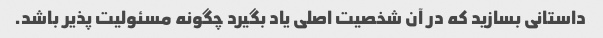
داستانی بسازید که در آن شخصیت اصلی یاد بگیرد چگونه مسئولیت پذیر باشد.